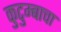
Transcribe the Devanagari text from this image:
कुटुम्बाचा